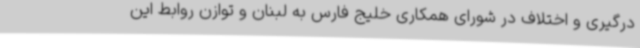
درگیری و اختلاف در شورای همکاری خلیج فارس به لبنان و توازن روابط این